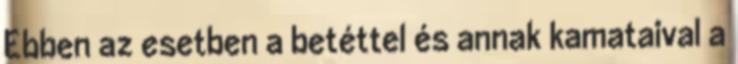
Ebben az esetben a betéttel és annak kamataival a